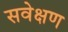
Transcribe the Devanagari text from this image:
सवेक्षण